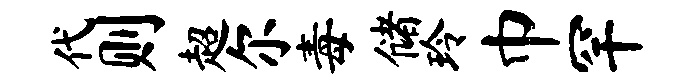
代则超尔毒储玲巾罕